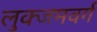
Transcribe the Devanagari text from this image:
लुक्जमवर्ग